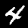
Label: 4